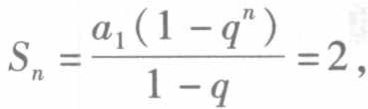
\[
S_{n}=\frac{a_{1}\left(1 - q^{n}\right)}{1 - q}=2,
\]